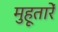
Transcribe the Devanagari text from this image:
मुहूतारें